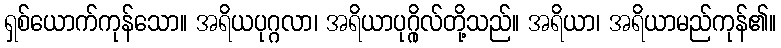
ရှစ်ယောက်ကုန်သော။ အရိယပုဂ္ဂလာ၊ အရိယာပုဂ္ဂိုလ်တို့သည်။ အရိယာ၊ အရိယာမည်ကုန်၏။